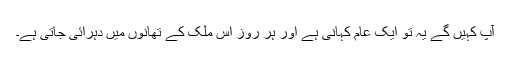
آپ کہیں گے یہ تو ایک عام کہانی ہے اور ہر روز اس ملک کے تھانوں میں دہرائی جاتی ہے۔